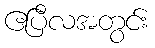
ဧပြီလအတွင်း